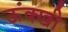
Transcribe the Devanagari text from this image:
ऊंक्खी